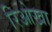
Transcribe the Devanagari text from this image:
रिओखा